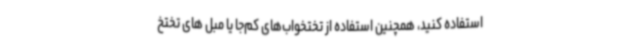
استفاده کنید، همچنین استفاده از تختخواب‌های کم‌جا یا مبل های تختخ